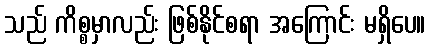
သည် ကိစ္စမှာလည်း ဖြစ်နိုင်စရာ အကြောင်း မရှိပေ။